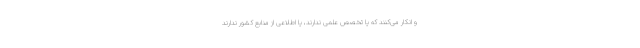
و انکار می‌کنند که یا تخصص علمی ندارند، یا اطلاعی از منابع کشور ندارند